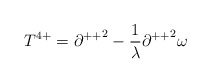
\begin{align*}T^{4+} = {\partial ^{++}}^{2}-\frac{1}{\lambda}{\partial ^{++}}^{2}\omega\end{align*}